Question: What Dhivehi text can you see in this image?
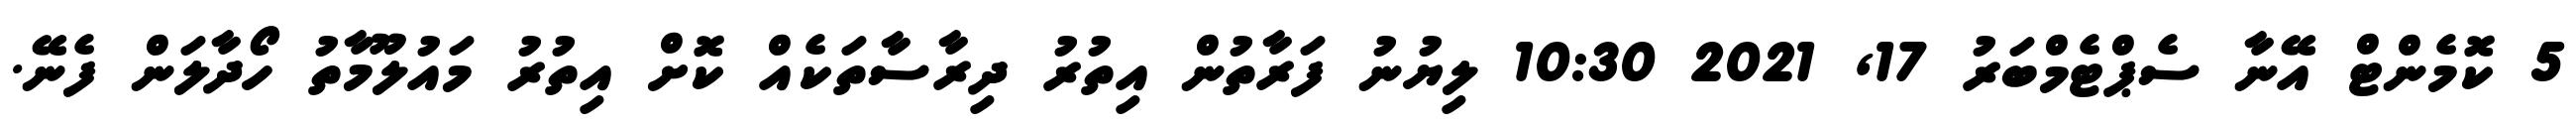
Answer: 5 ކޮމެންޓް އޭނާ ސެޕްޓެމްބަރު 17, 2021 10:30 ލިޔުނު ފަރާތުން އިތުރު ދިރާސާތަކެއް ކޮށް އިތުރު މައުލޫމާތު ހޯދާލަން ފެނޭ.